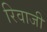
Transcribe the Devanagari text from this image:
रिवाजी